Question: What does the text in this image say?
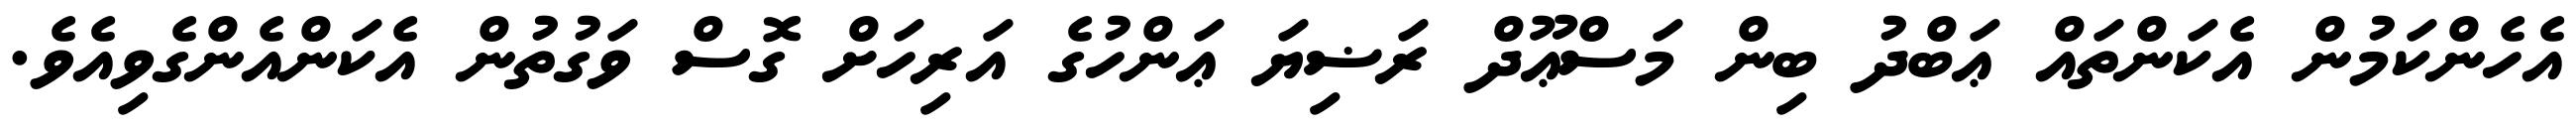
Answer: އެހެންކަމުން އެކަންތައް ޢަބްދު ބިން މަސްޢޫދް ރަޟިޔަ ޢަންހުގެ އަރިހަށް ގޮސް ވަގުތުން އެކަންއެންގެވިއެވެ.